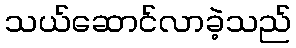
သယ်ဆောင်လာခဲ့သည်